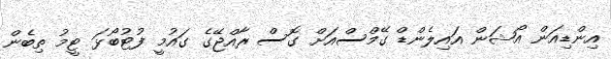
އިންޑިއަން އޯޝަން އައިލެންޑް ގޭމްސްއަށް ގޮސް ރާއްޖޭގެ ގައުމީ ފުޓުބޯޅަ ޓީމު ތިބެން